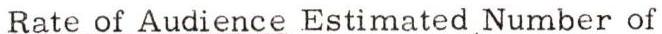
Rate of Audience Estimated Number of